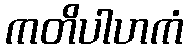
ကတိပါဟကံ